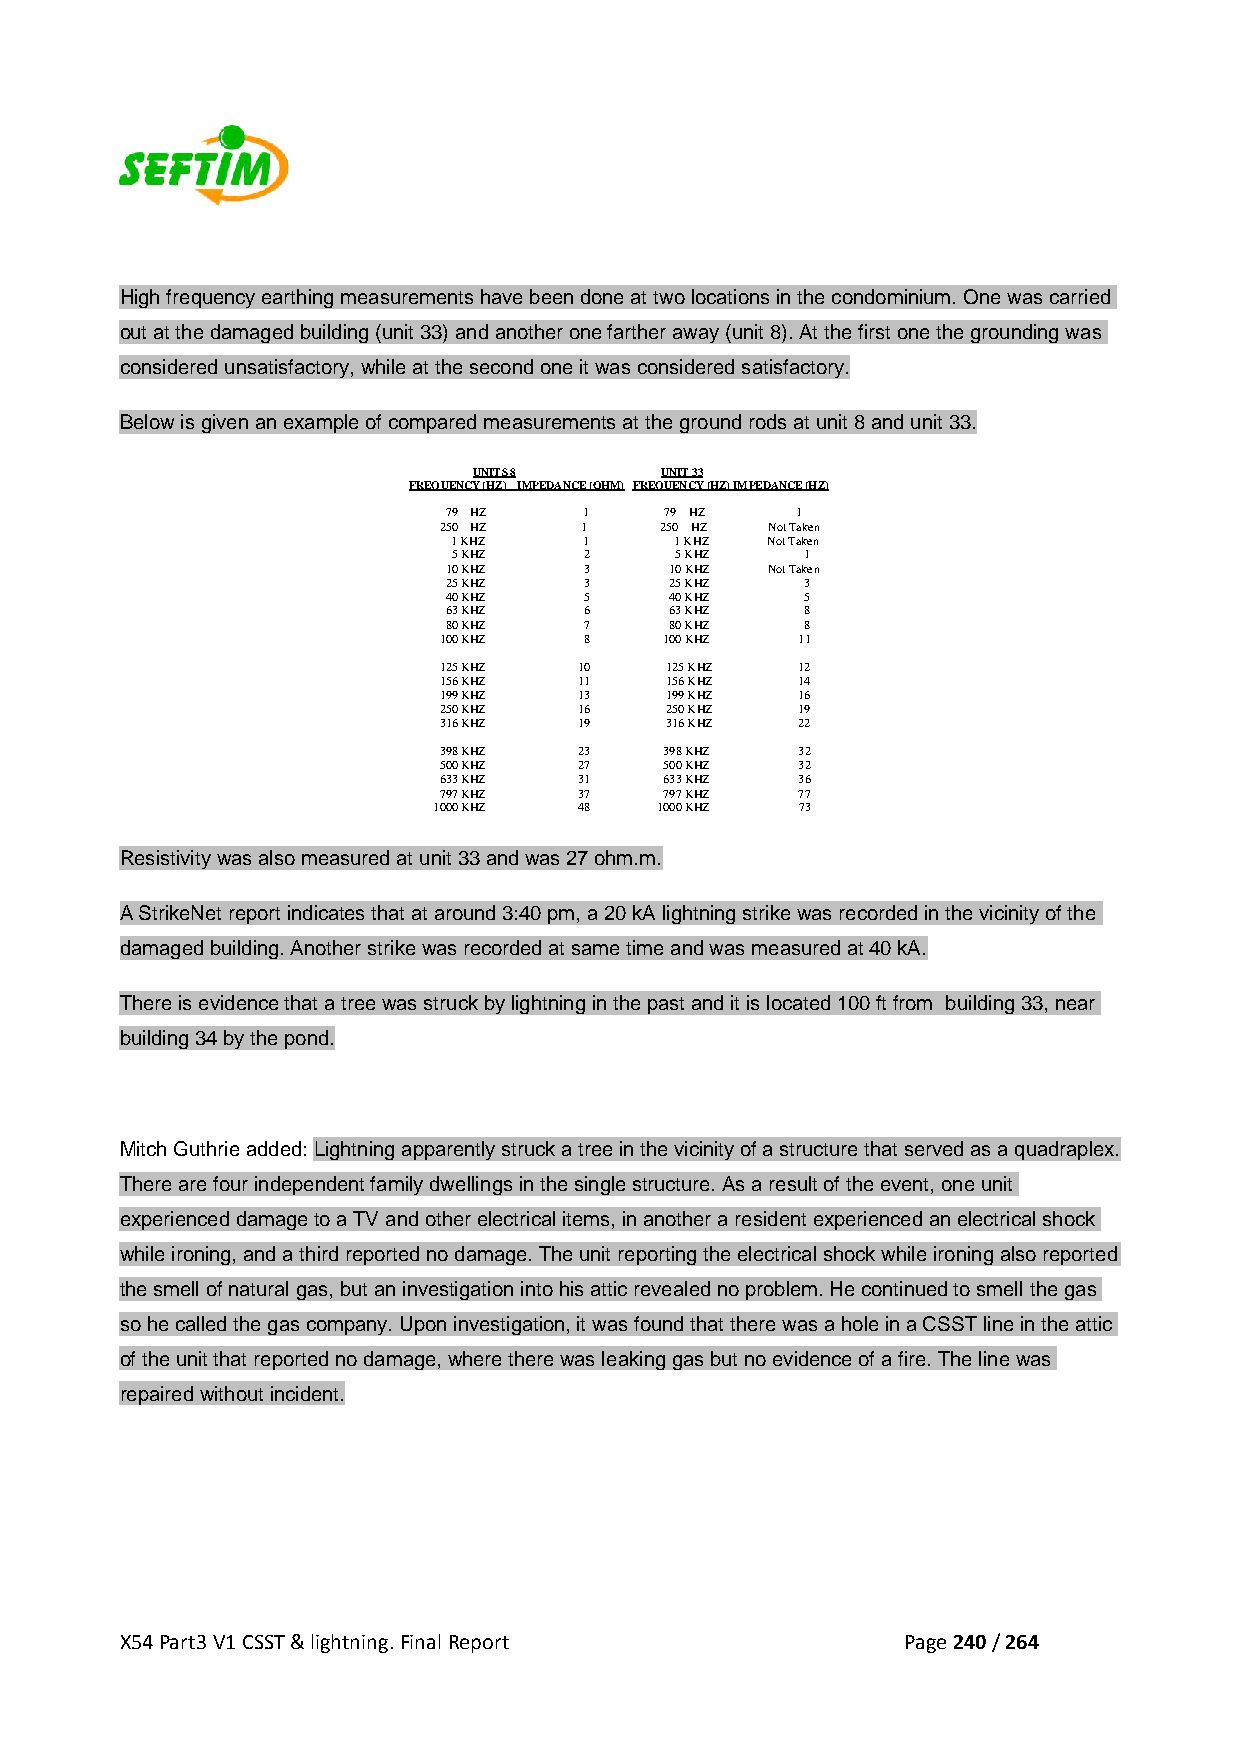
High frequency earthing measurements have been done at two locations in the condominium. One was carried
 out at the damaged building (unit 33) and another one farther away (unit 8). At the first one the grounding was
 considered unsatisfactory, while at the second one it was considered satisfactory.
 Below is given an example of compared measurements at the ground rods at unit 8 and unit 33.
 UNITS 8      UNIT 33
 FREQUENCY (HZ) IMPEDANCE (OHM) FREQUENCY (HZ) IMPEDANCE (HZ)
 79 HZ     1    79 HZ    1
 250 HZ   1     250 HZ Not Taken
 1 KHZ    1     1 KHZ Not Taken
 5 KHZ    2     5 KHZ   1
 10 KHZ    3    10 KHZ Not Taken
 25 KHZ    3    25 KHZ   3
 40 KHZ    5    40 KHZ   5
 63 KHZ    6    63 KHZ   8
 80 KHZ    7    80 KHZ   8
 100 KHZ   8    100 KHZ  11
 125 KHZ  10    125 KHZ  12
 156 KHZ  11    156 KHZ  14
 199 KHZ  13    199 KHZ  16
 250 KHZ  16    250 KHZ  19
 316 KHZ  19    316 KHZ  22
 398 KHZ  23    398 KHZ  32
 500 KHZ  27    500 KHZ  32
 633 KHZ  31    633 KHZ  36
 797 KHZ  37    797 KHZ  77
 1000 KHZ 48   1000 KHZ  73
 Resistivity was also measured at unit 33 and was 27 ohm.m.
 A StrikeNet report indicates that at around 3:40 pm, a 20 kA lightning strike was recorded in the vicinity of the
 damaged building. Another strike was recorded at same time and was measured at 40 kA.
 There is evidence that a tree was struck by lightning in the past and it is located 100 ft from building 33, near
 building 34 by the pond.
 Mitch Guthrie added: Lightning apparently struck a tree in the vicinity of a structure that served as a quadraplex.
 There are four independent family dwellings in the single structure. As a result of the event, one unit
 experienced damage to a TV and other electrical items, in another a resident experienced an electrical shock
 while ironing, and a third reported no damage. The unit reporting the electrical shock while ironing also reported
 the smell of natural gas, but an investigation into his attic revealed no problem. He continued to smell the gas
 so he called the gas company. Upon investigation, it was found that there was a hole in a CSST line in the attic
 of the unit that reported no damage, where there was leaking gas but no evidence of a fire. The line was
 repaired without incident.
 X54 Part3 V1 CSST & lightning. Final Report         Page 240 / 264